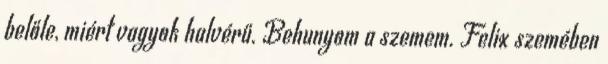
belőle, miért vagyok halvérű. Behunyom a szemem. Felix szemében